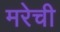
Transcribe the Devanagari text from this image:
मरेची